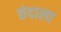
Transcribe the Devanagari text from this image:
छंदाला